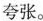
夸张。